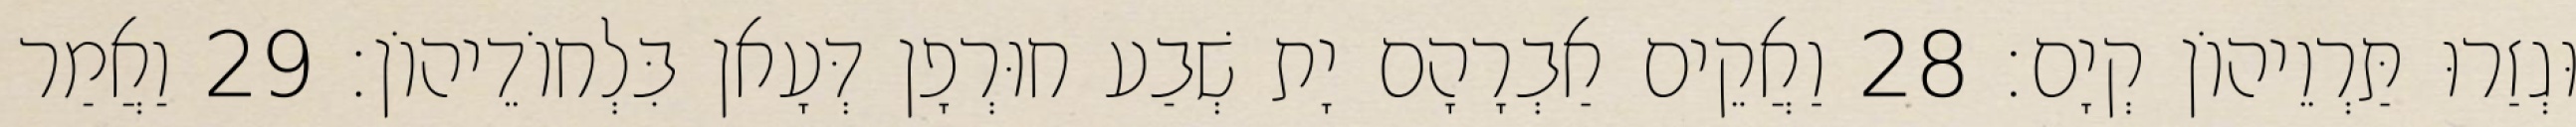
וּגְזַרוּ תַּרְוֵיהוֹן קְיָם׃ 28 וַאֲקֵים אַבְרָהָם יָת שְׁבַע חוּרְפָן דְּעָאן בִּלְחוֹדֵיהוֹן׃ 29 וַאֲמַר